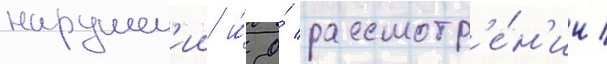
нарушен'ии и́ о́ рассмотр'е́н'ии